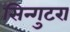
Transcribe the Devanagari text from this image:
सिन्गुटरा